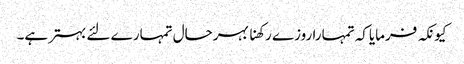
کیونکہ فرمایاکہ تمہارا روزے رکھنا بہرحال تمہارے لئے بہترہے۔